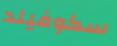
سكوفيلد